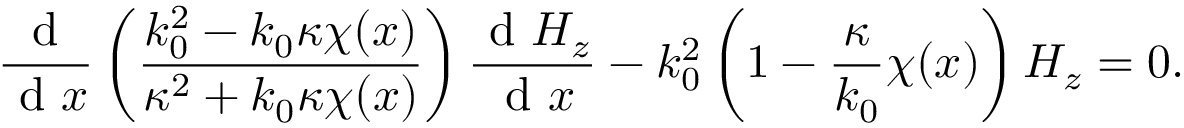
\frac { \mathrm { ~ d ~ } } { \mathrm { ~ d ~ } x } \left( \frac { k _ { 0 } ^ { 2 } - k _ { 0 } \kappa \chi ( x ) } { \kappa ^ { 2 } + k _ { 0 } \kappa \chi ( x ) } \right) \frac { \mathrm { ~ d ~ } H _ { z } } { \mathrm { ~ d ~ } x } - k _ { 0 } ^ { 2 } \left( 1 - \frac { \kappa } { k _ { 0 } } \chi ( x ) \right) H _ { z } = 0 .